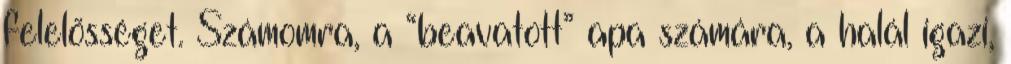
felelõsséget. Számomra, a “beavatott” apa számára, a halál igazi,